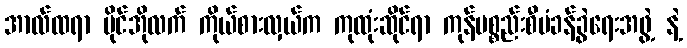
အာလ်ထရာ ဗိုင်အိုလက် ကိုယ်စားလှယ်က ကုထုံးဆိုင်ရာ ကုန်ပစ္စည်းစီမံခန့်ခွဲရေးအဖွဲ့ နဲ့